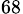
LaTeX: _{68}